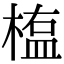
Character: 𣖻